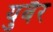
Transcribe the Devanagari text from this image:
युबैर